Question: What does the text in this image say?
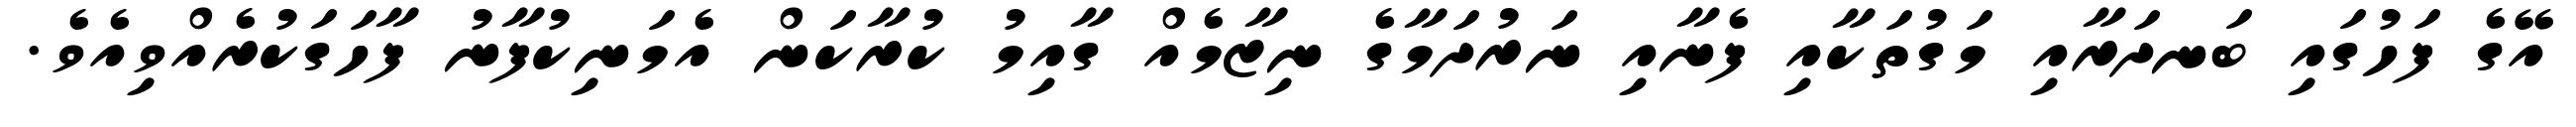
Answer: އޭގެ ފަހުގައި ބަނދަރާއި މަގުތަކާއި ފެނާއި ނަރުދަމާގެ ނިޒާމެއް ގާއިމު ކުރާކަން އެމަނިކުފާނު ފާހަގަކުރެއްވިއެވެ.